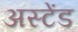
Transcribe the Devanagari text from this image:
अस्टेंड